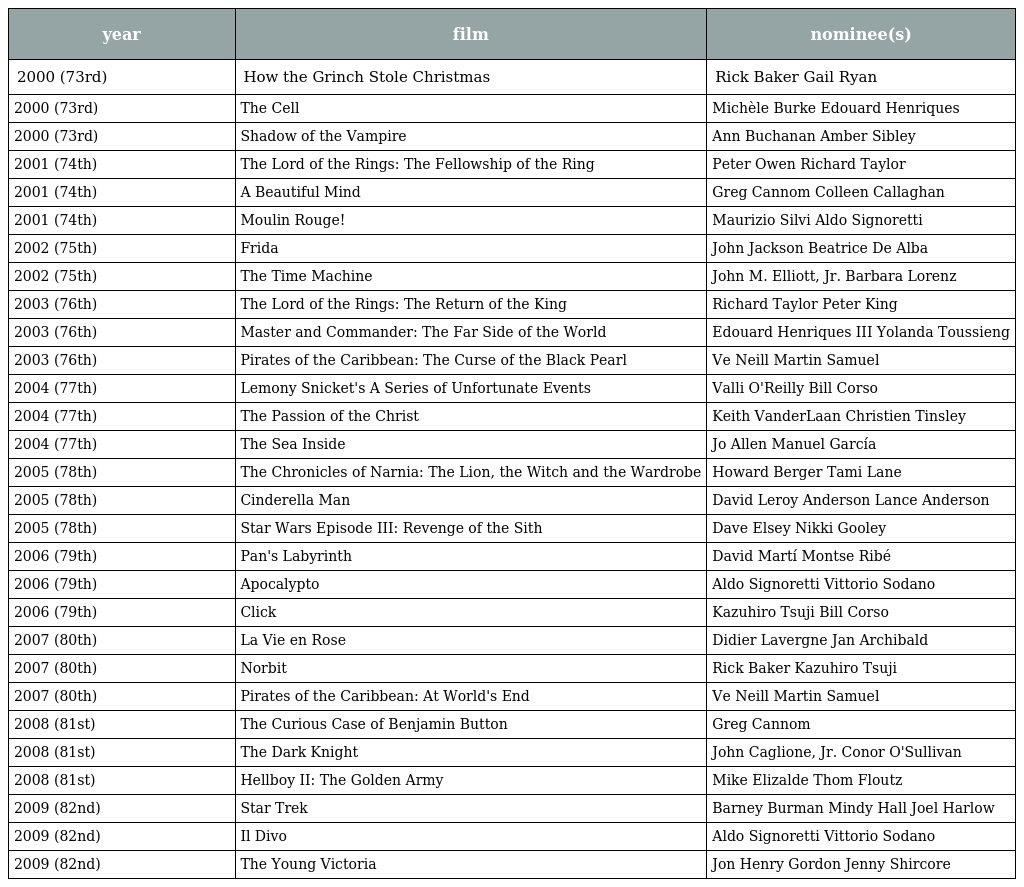
| year | film | nominee(s) |
 | --- | --- | --- |
 | 2000 (73rd) | How the Grinch Stole Christmas | Rick Baker Gail Ryan |
 | 2000 (73rd) | The Cell | Michèle Burke Edouard Henriques |
 | 2000 (73rd) | Shadow of the Vampire | Ann Buchanan Amber Sibley |
 | 2001 (74th) | The Lord of the Rings: The Fellowship of the Ring | Peter Owen Richard Taylor |
 | 2001 (74th) | A Beautiful Mind | Greg Cannom Colleen Callaghan |
 | 2001 (74th) | Moulin Rouge! | Maurizio Silvi Aldo Signoretti |
 | 2002 (75th) | Frida | John Jackson Beatrice De Alba |
 | 2002 (75th) | The Time Machine | John M. Elliott, Jr. Barbara Lorenz |
 | 2003 (76th) | The Lord of the Rings: The Return of the King | Richard Taylor Peter King |
 | 2003 (76th) | Master and Commander: The Far Side of the World | Edouard Henriques III Yolanda Toussieng |
 | 2003 (76th) | Pirates of the Caribbean: The Curse of the Black Pearl | Ve Neill Martin Samuel |
 | 2004 (77th) | Lemony Snicket's A Series of Unfortunate Events | Valli O'Reilly Bill Corso |
 | 2004 (77th) | The Passion of the Christ | Keith VanderLaan Christien Tinsley |
 | 2004 (77th) | The Sea Inside | Jo Allen Manuel García |
 | 2005 (78th) | The Chronicles of Narnia: The Lion, the Witch and the Wardrobe | Howard Berger Tami Lane |
 | 2005 (78th) | Cinderella Man | David Leroy Anderson Lance Anderson |
 | 2005 (78th) | Star Wars Episode III: Revenge of the Sith | Dave Elsey Nikki Gooley |
 | 2006 (79th) | Pan's Labyrinth | David Martí Montse Ribé |
 | 2006 (79th) | Apocalypto | Aldo Signoretti Vittorio Sodano |
 | 2006 (79th) | Click | Kazuhiro Tsuji Bill Corso |
 | 2007 (80th) | La Vie en Rose | Didier Lavergne Jan Archibald |
 | 2007 (80th) | Norbit | Rick Baker Kazuhiro Tsuji |
 | 2007 (80th) | Pirates of the Caribbean: At World's End | Ve Neill Martin Samuel |
 | 2008 (81st) | The Curious Case of Benjamin Button | Greg Cannom |
 | 2008 (81st) | The Dark Knight | John Caglione, Jr. Conor O'Sullivan |
 | 2008 (81st) | Hellboy II: The Golden Army | Mike Elizalde Thom Floutz |
 | 2009 (82nd) | Star Trek | Barney Burman Mindy Hall Joel Harlow |
 | 2009 (82nd) | Il Divo | Aldo Signoretti Vittorio Sodano |
 | 2009 (82nd) | The Young Victoria | Jon Henry Gordon Jenny Shircore |